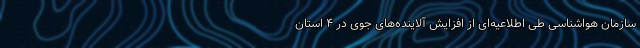
سازمان هواشناسی طی اطلاعیه‌ای از افزایش آلاینده‌های جوی در ۴ استان